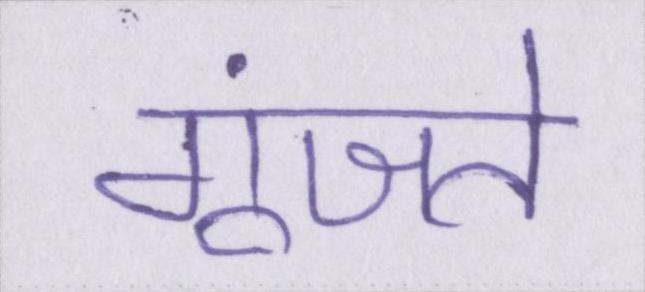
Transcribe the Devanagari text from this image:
गूंजते